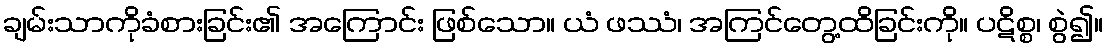
ချမ်းသာကိုခံစားခြင်း၏ အကြောင်း ဖြစ်သော။ ယံ ဖဿံ၊ အကြင်တွေ့ထိခြင်းကို။ ပဋိစ္စ၊ စွဲ၍။